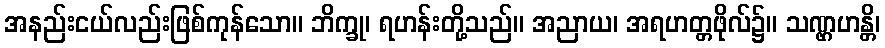
အနည်းငယ်လည်းဖြစ်ကုန်သော။ ဘိက္ခု၊ ရဟန်းတို့သည်။ အညာယ၊ အရဟတ္တဖိုလ်၌။ သဏ္ဌဟန္တိ၊